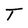
Character: T